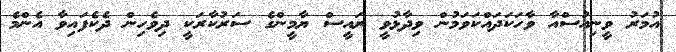
އުމަރު ވީނިއުސްއާ ވާހަކަދައްކަވަމުން ވިދާޅުވީ ރައީސް ޔާމީންގެ ސަރުކާރަކީ ދިވެހިން ދެކެފައިވާ އެންމެ